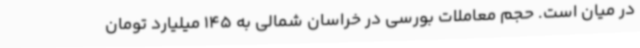
در میان است. حجم معاملات بورسی در خراسان شمالی به 145 میلیارد تومان